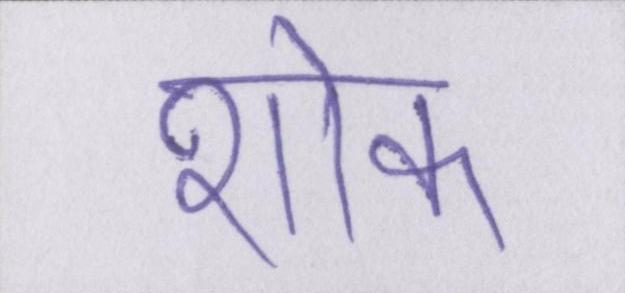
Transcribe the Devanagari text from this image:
शोक